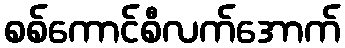
စစ်ကောင်စီလက်အောက်